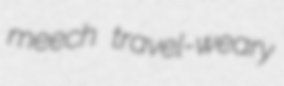
meech travel-weary